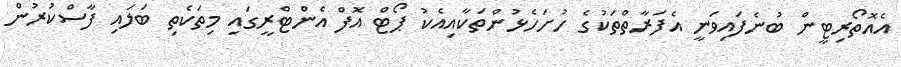
އެއޮތޯރިޓީން ބުނެފައިވަނީ އެފަރާތްތަކުގެ ހުށަހެޅުންތަކާއިއެކު ޕޯޓް އޮފް އެންޓްރީގައި މިތަކެތި ބަލައި ފާސްކުރުން